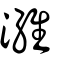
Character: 濰